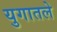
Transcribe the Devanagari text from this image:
युगातले